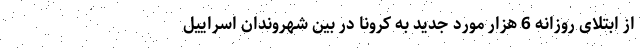
از ابتلای روزانه 6 هزار مورد جدید به کرونا در بین شهروندان اسراییل